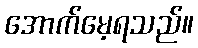
အောက်မေ့ရသည်။